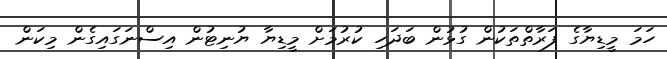
ހަމަ މީޑިޔާގެ ފަރާތްތަކުން ގުޅުން ބަދަހި ކުރުމަށް މީޑިޔާ ޔުނިޓުން އިސްނަގައިގެން މިކަން